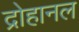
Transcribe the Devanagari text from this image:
द्रोहानल